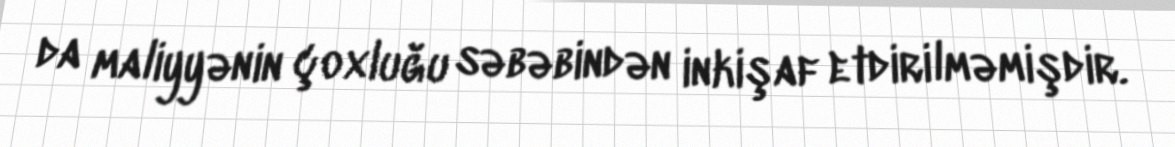
da maliyyənin çoxluğu səbəbindən inkişaf etdirilməmişdir.